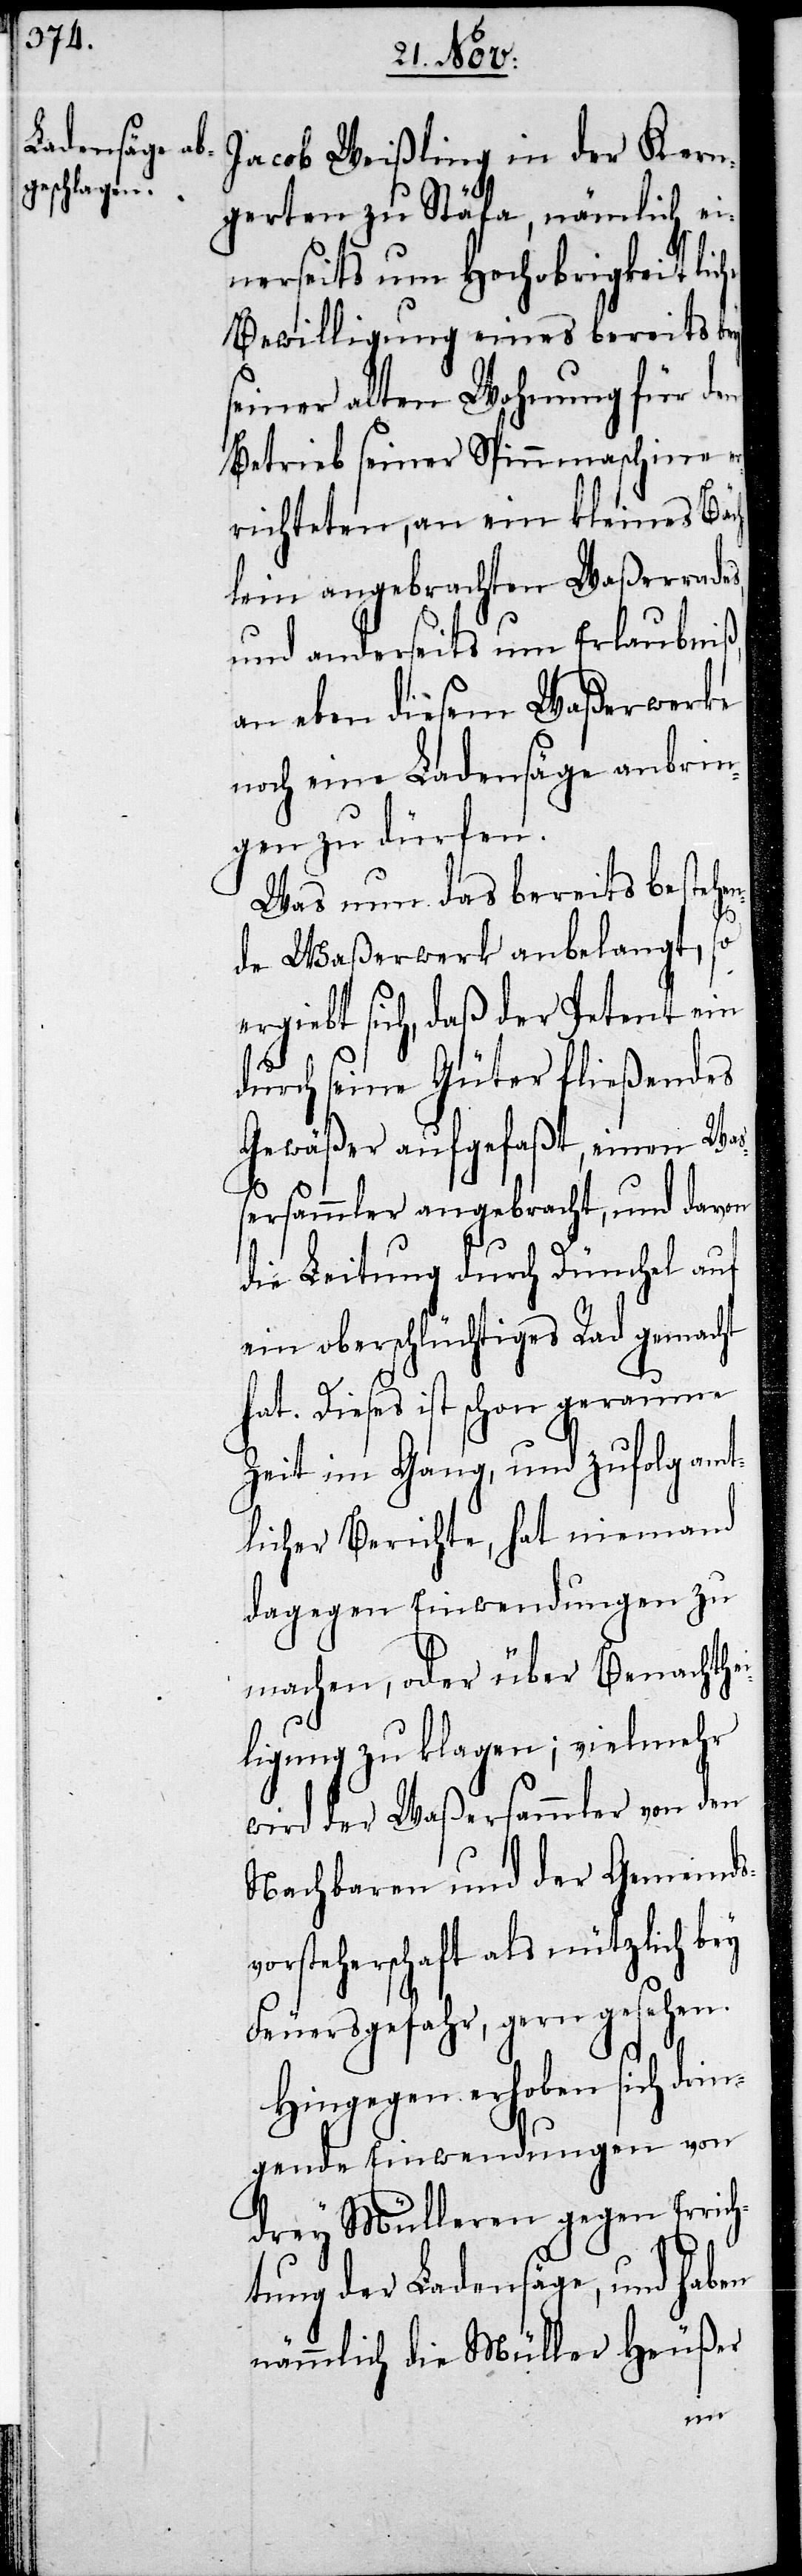
Jacob Weißling in der Kern¬
garten zu Stäfa, nämlich ei¬
nerseits um Hochobrigkeitlic¬
Bewilligung eines bereits bey
seiner alten Wohnung für den
Betrieb seiner Spinnmaschine er¬
richteten, an ein kleines Bäch¬
lein angebrachten Waßerrade¬
und anderseits um Erlaubniß,
an eben diesem Waßerwerke
noch eine Ladensäge anbrin¬
gen zu dürfen.
Was nun das bereits bestehe¬
nde Waßerwerk anbelangt, so
ergiebt sich, daß der Petent ein
durch seine Güter fließendes
Gewäßer aufgefaßt, einen Waß¬
ersammler angebracht, und davon
die Leitung durch Dünchel auf
hat. Dieses ist schon geraume
Zeit im Gang, und zufolg amt¬
licher Berichte, hat niemand
dagegen Einwendungen zu
machen, oder über Benachthe¬
iligung zu klagen; vielmehr
wird der Waßersammler von den
Nachbaren und der Gemeinds¬
vorsteherschaft als nützlich bey
Feuersgefahr, gern gesehen.
Hingegen erhoben sich drin¬
gende Einwendungen von
drey Mülleren gegen Erric¬
h¬
tung der Ladensäge, und haben
nämmlich die Müller Heußer
ein